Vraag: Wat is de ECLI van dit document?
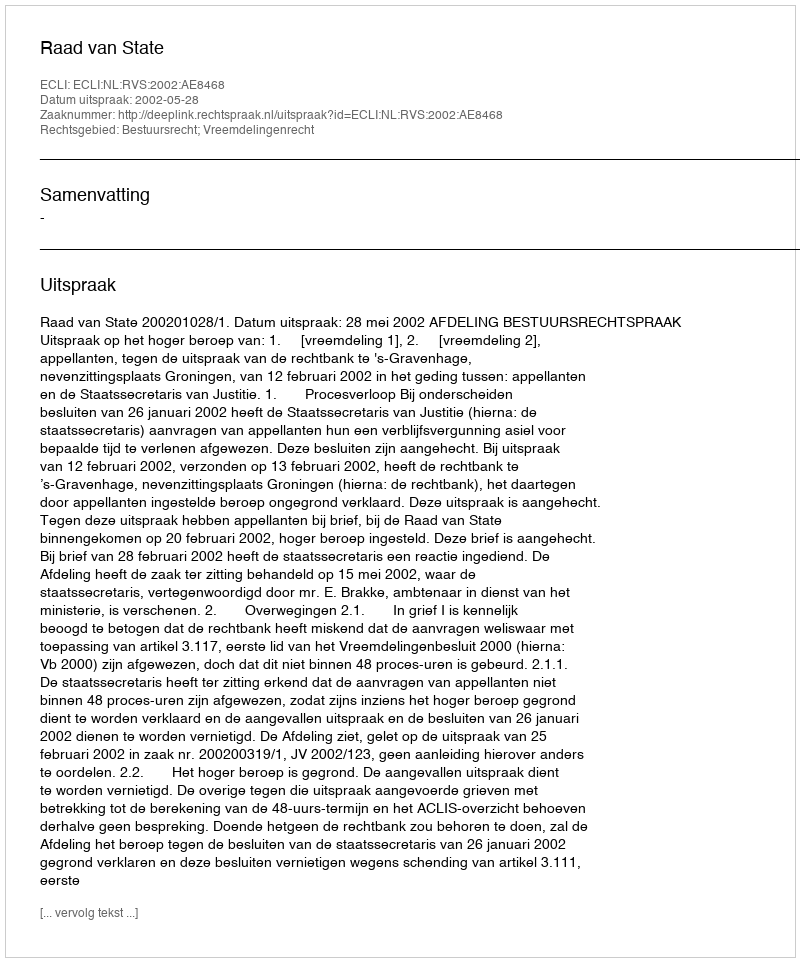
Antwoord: ECLI:NL:RVS:2002:AE8468